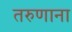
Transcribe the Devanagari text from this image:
तरुणाना